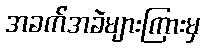
အခက်အခဲများကြားမှ